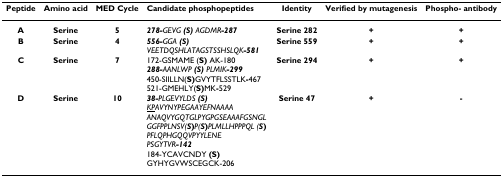
<table><thead><tr><td><b>Peptide</b></td><td><b>Amino acid</b></td><td><b>MED Cycle</b></td><td><b>Candidate phosphopeptides</b></td><td><b>Identity</b></td><td><b>Verified by mutagenesis</b></td><td><b>Phospho- antibody</b></td></tr></thead><tbody><tr><td><b>A</b></td><td><b>Serine</b></td><td><b>5</b></td><td><b><i>278-</i></b><i>GEVG </i><b><i>(S) </i></b><i>AGDMR</i><b><i>-287</i></b></td><td><b>Serine 282</b></td><td><b>+</b></td><td><b>+</b></td></tr><tr><td><b>B</b></td><td><b>Serine</b></td><td><b>4</b></td><td><b><i>556-</i></b><i>GGA </i><b><i>(S) </i></b><i>VEETDQSHLATAGSTSSHSLQK</i><b><i>-581</i></b></td><td><b>Serine 559</b></td><td><b>+</b></td><td><b>+</b></td></tr><tr><td><b>C</b></td><td><b>Serine</b></td><td><b>7</b></td><td>172-GSMAME (<b>S) </b>AK-180<b><i>288-</i></b><i>AANLWP </i><b><i>(S) </i></b><i>PLMIK</i><b><i>-299</i></b>450-SIILLN(<b>S)</b>GVYTFLSSTLK<b>-</b>467521-GMEHLY(<b>S)</b>MK<b>-</b>529</td><td><b>Serine 294</b></td><td><b>+</b></td><td><b>+</b></td></tr><tr><td><b>D</b></td><td><b>Serine</b></td><td><b>10</b></td><td><b><i>38-</i></b><i>PLGEVYLDS </i><b><i>(S) </i></b><i><underline>KP</underline>AVYNYPEGAAYEFNAAAA</i><i>ANAQVYGQTGLPYGPGSEAAAFGSNGLGGFPPLNSV(</i><b><i>S</i>)</b><i>P(</i><b><i>S</i>)</b><i>PLMLLHPPPQL (</i><b><i>S</i>) </b><i>PFLQPHGQQVPYYLENE</i><i>PSGYTVR</i><b><i>-142</i></b>184-YCAVCNDY <b>(S) </b>GYHYGVWSCEGCK-206</td><td><b>Serine 47</b></td><td><b>+</b></td><td><b>-</b></td></tr></tbody></table>